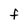
Character: F